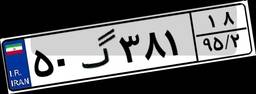
۵۰گ۳۸۱۱۸